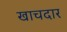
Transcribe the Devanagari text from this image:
खाचदार